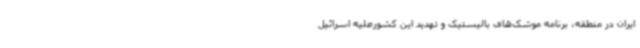
ایران در منطقه، برنامه موشک‌های بالیستیک و تهدید این کشورعلیه اسرائیل